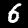
Digit: 6